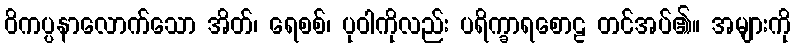
ဝိကပ္ပနာလောက်သော အိတ်၊ ရေစစ်၊ ပုဝါကိုလည်း ပရိက္ခာရစောဠ တင်အပ်၏။ အများကို